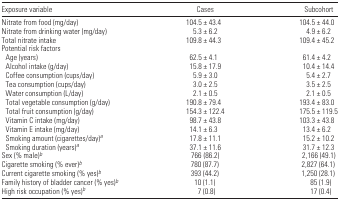
| Exposure variable | Cases | Subcohort |
 | --- | --- | --- |
 | Nitrate from food (mg/day) | 104.5 ± 43.4 | 104.5 ± 44.0 |
 | Nitrate from drinking water (mg/day) | 5.3 ± 6.2 | 4.9 ± 6.2 |
 | Total nitrate intake | 109.8 ± 44.3 | 109.4 ± 45.2 |
 | <COLSPAN=3> Potential risk factors |
 | Age (years) | 62.5 ± 4.1 | 61.4 ± 4.2 |
 | Alcohol intake (g/day) | 15.8 ± 17.9 | 10.4 ± 14.4 |
 | Coffee consumption (cups/day) | 5.9 ± 3.0 | 5.4 ± 2.7 |
 | Tea consumption (cups/day) | 3.0 ± 2.5 | 3.5 ± 2.5 |
 | Water consumption (L/day) | 2.1 ± 0.5 | 2.1 ± 0.5 |
 | Total vegetable consumption (g/day) | 190.8 ± 79.4 | 193.4 ± 83.0 |
 | Total fruit consumption (g/day) | 154.3 ± 122.4 | 175.5 ± 119.5 |
 | Vitamin C intake (mg/day) | 98.7 ± 43.8 | 103.3 ± 43.8 |
 | Vitamin E intake (mg/day) | 14.1 ± 6.3 | 13.4 ± 6.2 |
 | Smoking amount (cigarettes/day)a | 17.8 ± 11.1 | 15.2 ± 10.2 |
 | Smoking duration (years)a | 37.1 ± 11.6 | 31.7 ± 12.3 |
 | Sex (% male)b | 766 (86.2) | 2,166 (49.1) |
 | Cigarette smoking (% ever)b | 780 (87.7) | 2,827 (64.1) |
 | Current cigarette smoking (% yes)b | 393 (44.2) | 1,250 (28.1) |
 | Family history of bladder cancer (% yes)b | 10 (1.1) | 85 (1.9) |
 | High risk occupation (% yes)b | 7 (0.8) | 17 (0.4) |